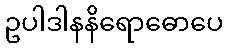
ဥပါဒါနနိရောဓောပေ